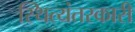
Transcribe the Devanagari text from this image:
स्थित्यंतरकारी